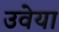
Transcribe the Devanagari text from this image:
उवेया